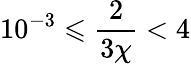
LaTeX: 10^{-3}\leqslant\frac{2}{3\chi}<4